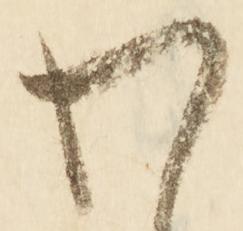
わ